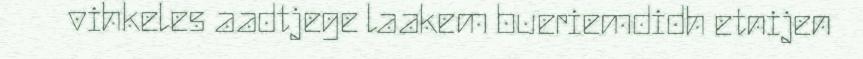
vihkeles aadtjege laakem bueriemdidh etnijen